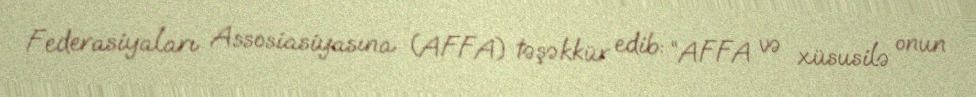
Federasiyaları Assosiasiyasına (AFFA) təşəkkür edib: “AFFA və xüsusilə onun